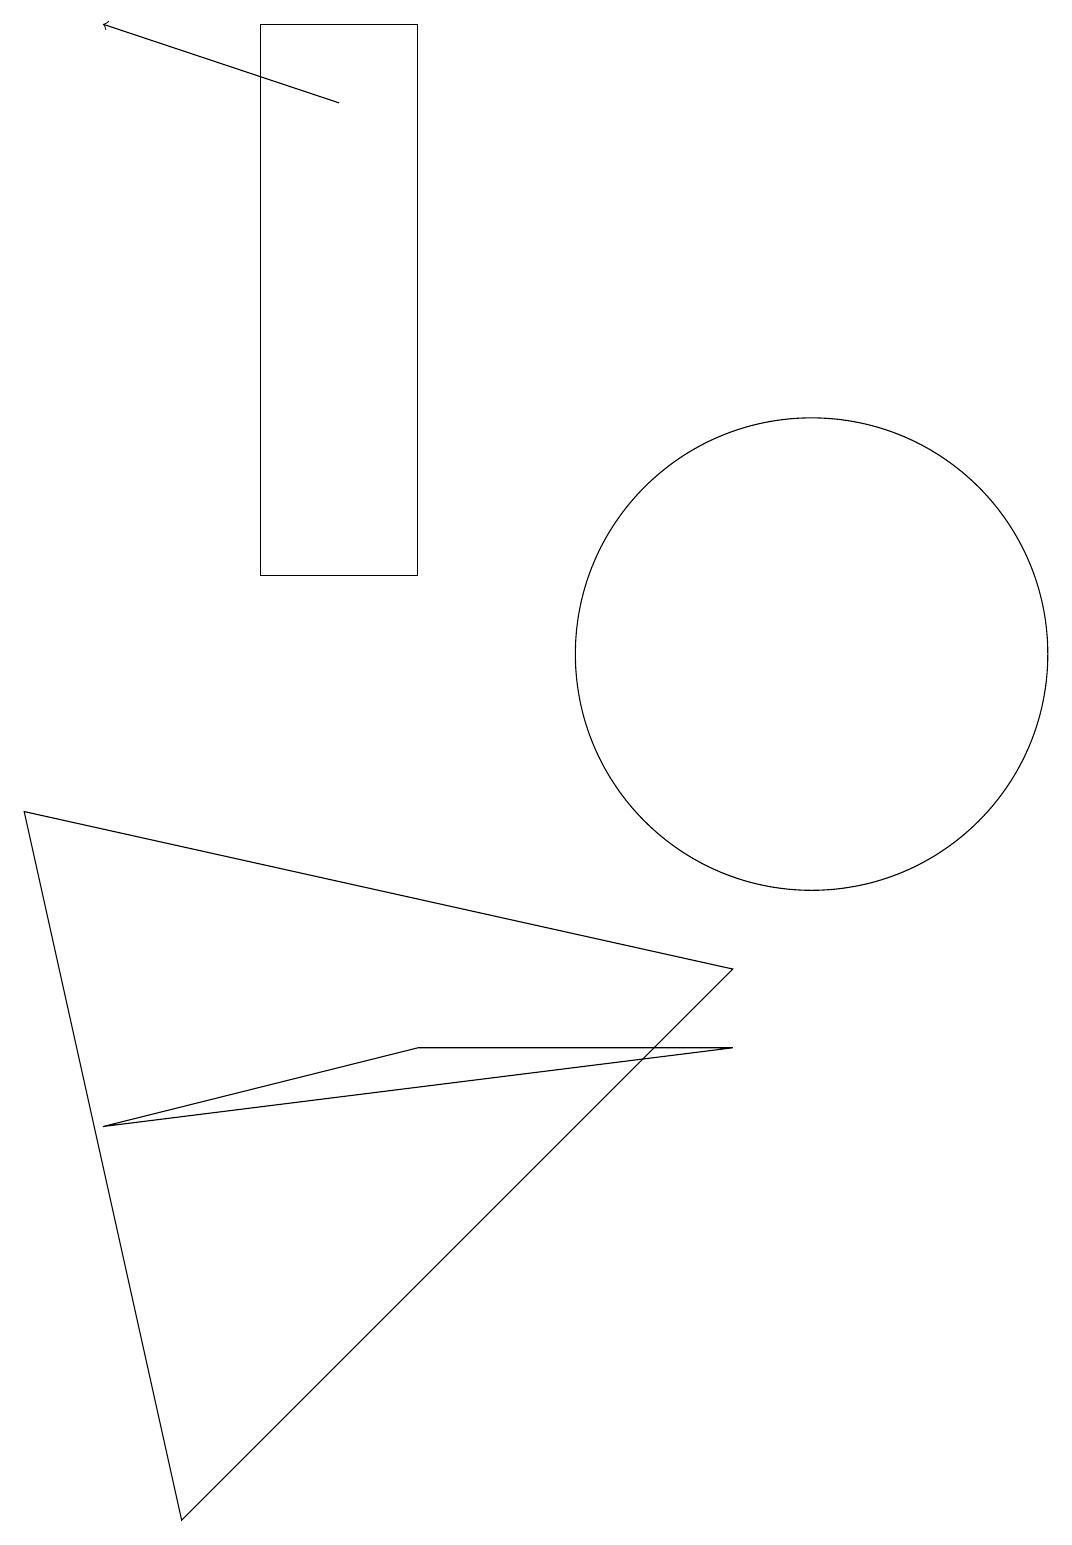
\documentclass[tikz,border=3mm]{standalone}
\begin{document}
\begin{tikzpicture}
\draw[->] (4,18) -- (1,19);
\draw (9,6) -- (1,5) -- (5,6) -- cycle;
\draw (2,0) -- (0,9) -- (9,7) -- cycle;
\draw (10,11) circle (3);
\draw (5,19) rectangle (3,12);
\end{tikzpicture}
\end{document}